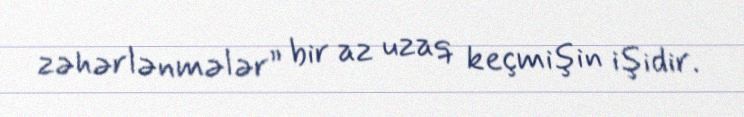
zəhərlənmələr” bir az uzaq keçmişin işidir.